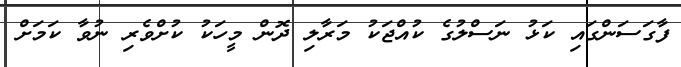
ފާގަސަންގައި ކަޅު ނަސްލުގެ ކުއްޖަކު މަރާލި ދޮން މީހަކު ކުށްވެރި ނުވާ ކަމަށް